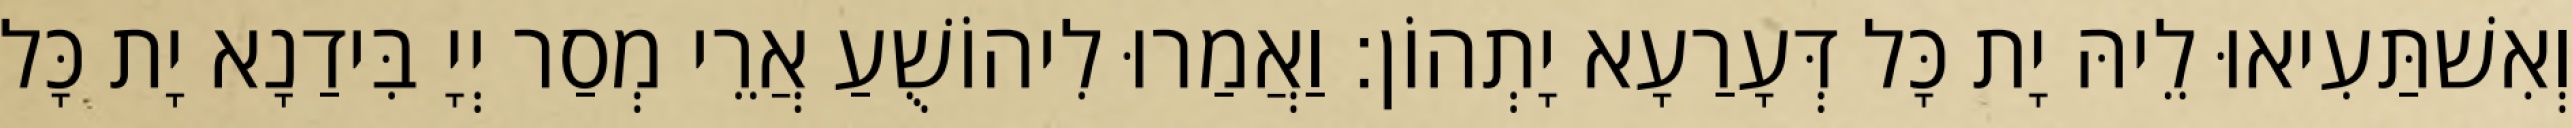
וְאִשׁתַּעִיאוּ לֵיהּ יָת כָּל דְּעָרַעָא יָתְהוֹן׃ וַאֲמַרוּ לִיהוֹשֻׁעַ אֲרֵי מְסַר יְיָ בִּידַנָא יָת כָּל